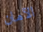
الآمان